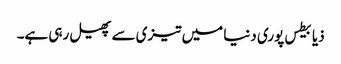
ذیابیطس پوری دنیا میں تیزی سے پھیل رہی ہے۔